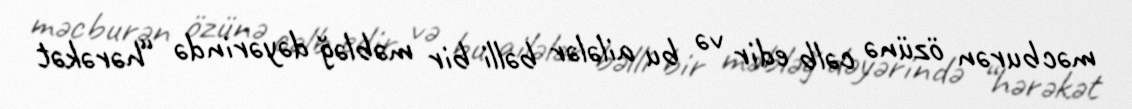
məcburən özünə cəlb edir və bu ailələr bəlli bir məbləğ dəyərində “hərəkət